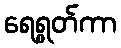
ရေရွတ်ကာ